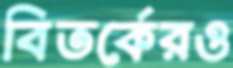
বিতর্কেরও